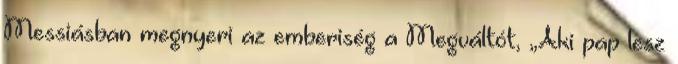
Messiásban megnyeri az emberiség a Megváltót, „Aki pap lesz